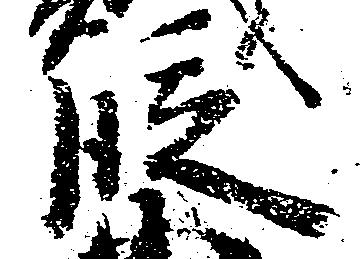
段